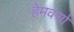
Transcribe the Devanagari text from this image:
हेमवर्णा